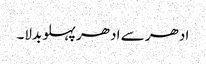
ادھر سے ادھر پہلو بدلا۔